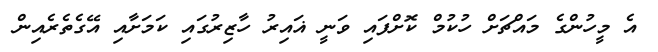
އެ މީހުންގެ މައްޗަށް ހުކުމް ކޮށްފައި ވަނީ ޣައިރު ހާޒިރުގައި ކަމަށާއި އޭގެތެރެއިން